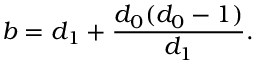
b = d _ { 1 } + { \frac { d _ { 0 } ( d _ { 0 } - 1 ) } { d _ { 1 } } } .